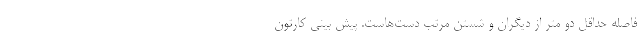
فاصله حداقل دو متر از دیگران و شستن مرتب دست‌هاست. پیش بینی کارتون